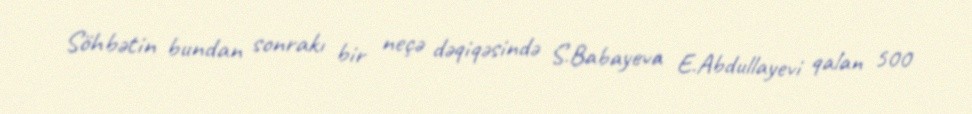
Söhbətin bundan sonrakı bir neçə dəqiqəsində S.Babayeva E.Abdullayevi qalan 500